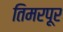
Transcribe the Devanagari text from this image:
तिमरपूर